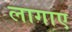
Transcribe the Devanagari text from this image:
लागाए